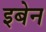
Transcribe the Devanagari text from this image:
इबेन